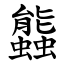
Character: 䘅